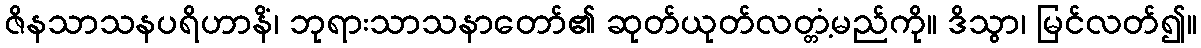
ဇိနသာသနပရိဟာနိံ၊ ဘုရားသာသနာတော်၏ ဆုတ်ယုတ်လတ္တံ့မည်ကို။ ဒိသွာ၊ မြင်လတ်၍။